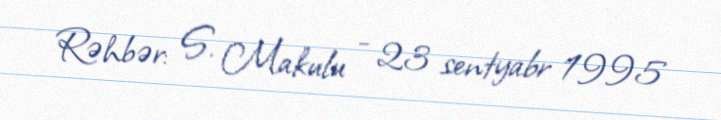
Rəhbər: S. Makulu - 23 sentyabr 1995